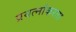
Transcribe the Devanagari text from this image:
प्रयत्नांकरता